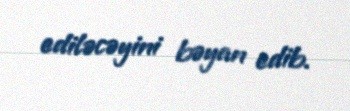
ediləcəyini bəyan edib.